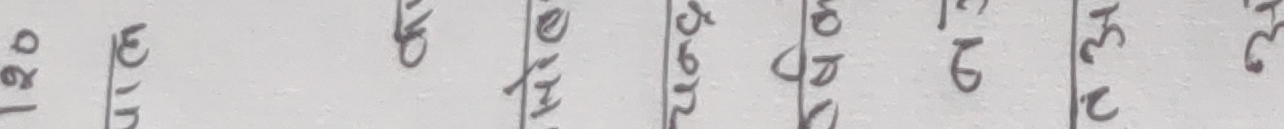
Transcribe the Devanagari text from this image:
२० १९ च घ अ क १५ १४ ७९ ८० ४९ ५० प ट २३ २८ २५ २९ २१ २२